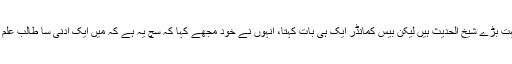
وہ بہت بڑے شیخ الحدیث ہیں لیکن بیس کمانڈر ایک ہی بات کہتا، انہوں نے خود مجھے کہا کہ سچ یہ ہے کہ میں ایک ادنیٰ سا طالب علم ہوں۔